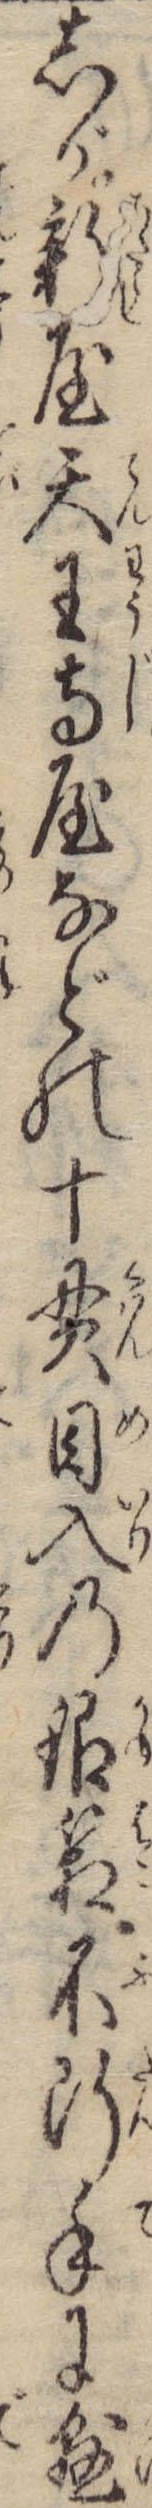
しが新屋天王寺屋などの十貫目入の銀箱不断手に懸